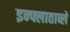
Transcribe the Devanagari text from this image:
इन्फ्लाताब्ले